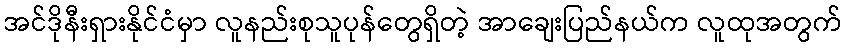
အင်ဒိုနီးရှားနိုင်ငံမှာ လူနည်းစုသူပုန်တွေရှိတဲ့ အာချေးပြည်နယ်က လူထုအတွက်